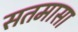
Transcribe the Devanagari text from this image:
सतमासा